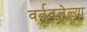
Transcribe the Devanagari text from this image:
वर्तवलेल्या